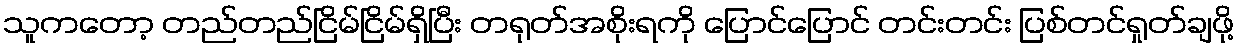
သူကတော့ တည်တည်ငြိမ်ငြိမ်ရှိပြီး တရုတ်အစိုးရကို ပြောင်ပြောင် တင်းတင်း ပြစ်တင်ရှုတ်ချဖို့